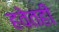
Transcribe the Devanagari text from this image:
हवेतही